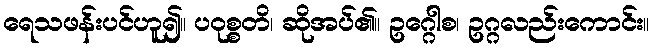
ရေသဖန်းပင်ဟူ၍။ ပဝုစ္စတိ၊ ဆိုအပ်၏။ ဥဂ္ဂေါစ၊ ဥဂ္ဂလည်းကောင်း။